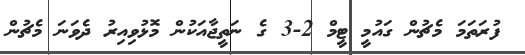
ފުރަތަމަ މެޗުން ގައުމީ ޓީމް 2-3 ގެ ނަތީޖާއަކުން މޮޅުވިއިރު ދެވަނަ މެޗުން